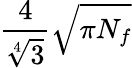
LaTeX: \frac{4}{\sqrt[4]{3}}\sqrt{\pi N_{f}}